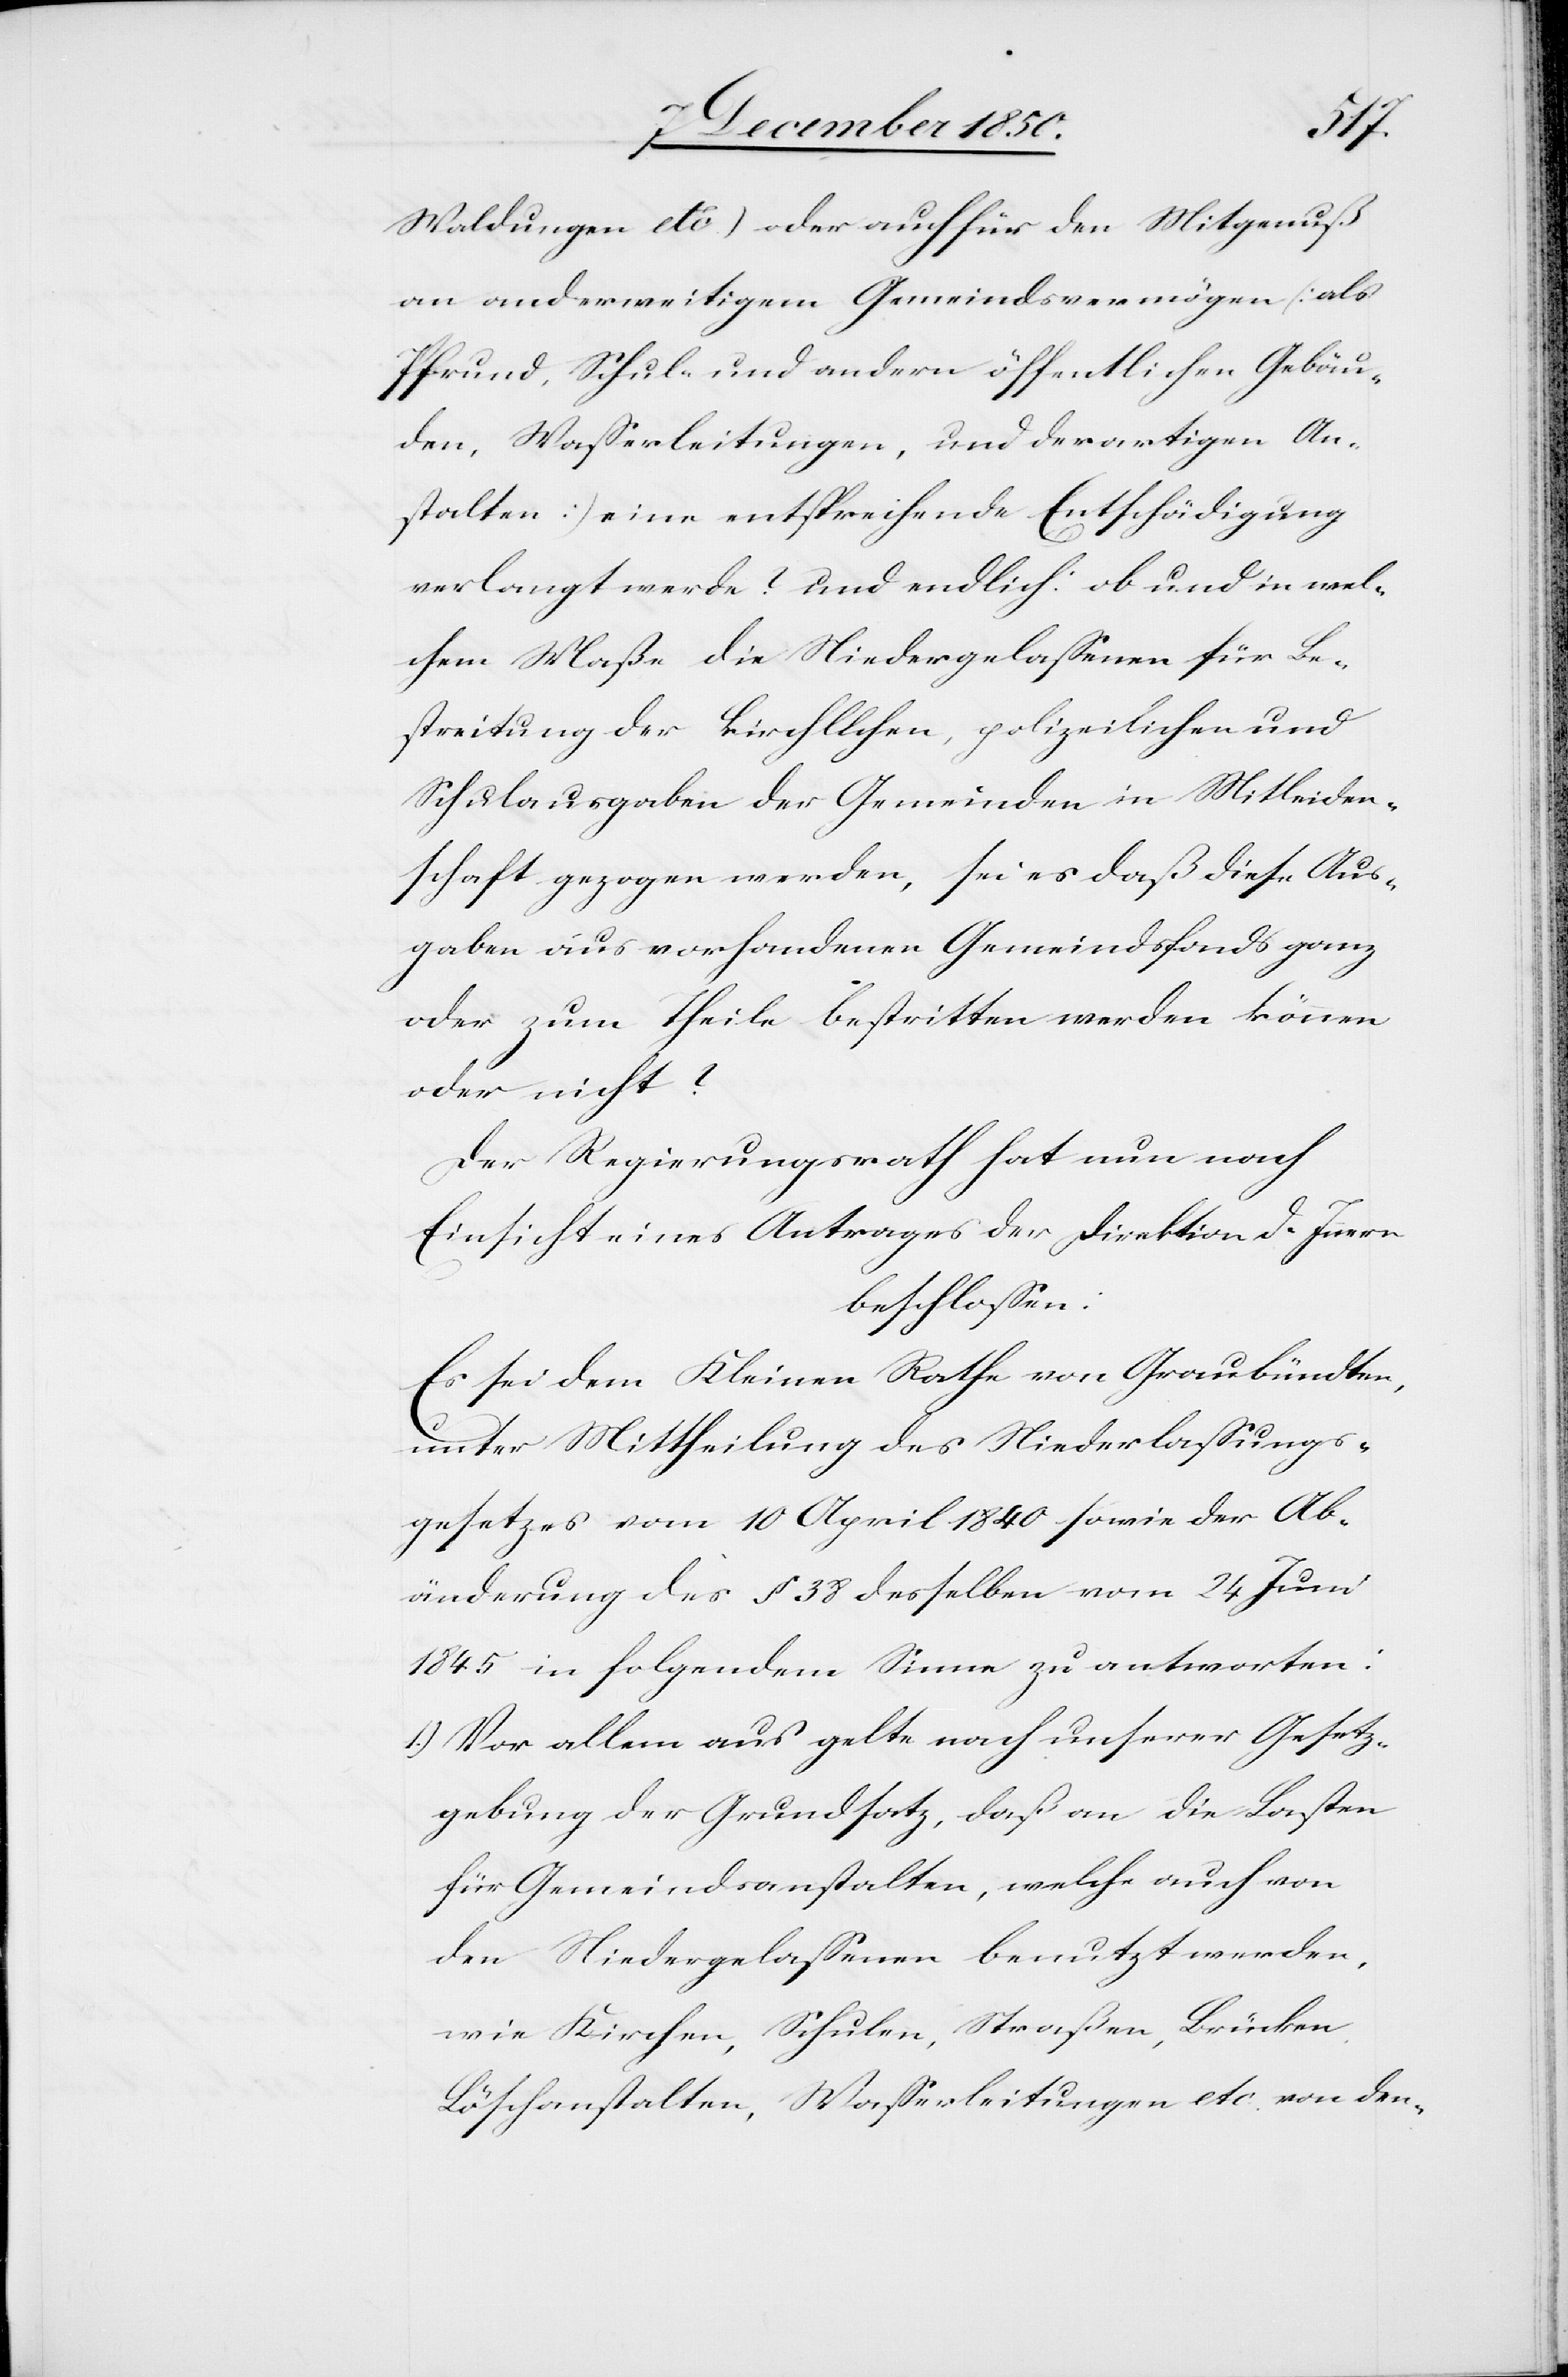
Waldungen etc.) oder auch für den Mitgenuß
an anderweitigem Gemeindsvermögen [als
Pfrund, Schul- und andern öffentlichen Gebäu¬
den, Wasserleitungen, und derartigen An¬
stalten] eine entsprechende Entschädigung
verlangt werde? und endlich: ob und in wel¬
chem Maße die Niedergelassenen für Be¬
streitung der kirchlichen, polizeilichen und
Schulausgaben der Gemeinden in Mitleiden¬
schaft gezogen werden, sei es daß diese Aus¬
gaben aus vorhandenen Gemeindsfonds ganz
oder zum Theile bestritten werden können
oder nicht?
Der Regierungsrath hat nun nach
Einsicht eines Antrages der Direktion d. Innern
beschlossen:
Es sei dem Kleinen Rathe von Graubündten,
unter Mittheilung des Niederlassungs¬
gesetzes vom 10 April 1840 sowie der Ab¬
änderung des § 38 desselben vom 24 Juni
1845 in folgendem Sinne zu antworten:
1.) Vor allem aus gelte nach unserer Gesetz¬
gebung der Grundsatz, daß an die Lasten
für Gemeindsanstalten, welche auch von
den Niedergelassenen benutzt werden,
wie Kirchen, Schulen, Straßen, Brücken,
Löschanstalten, Wasserleitungen etc. von den-